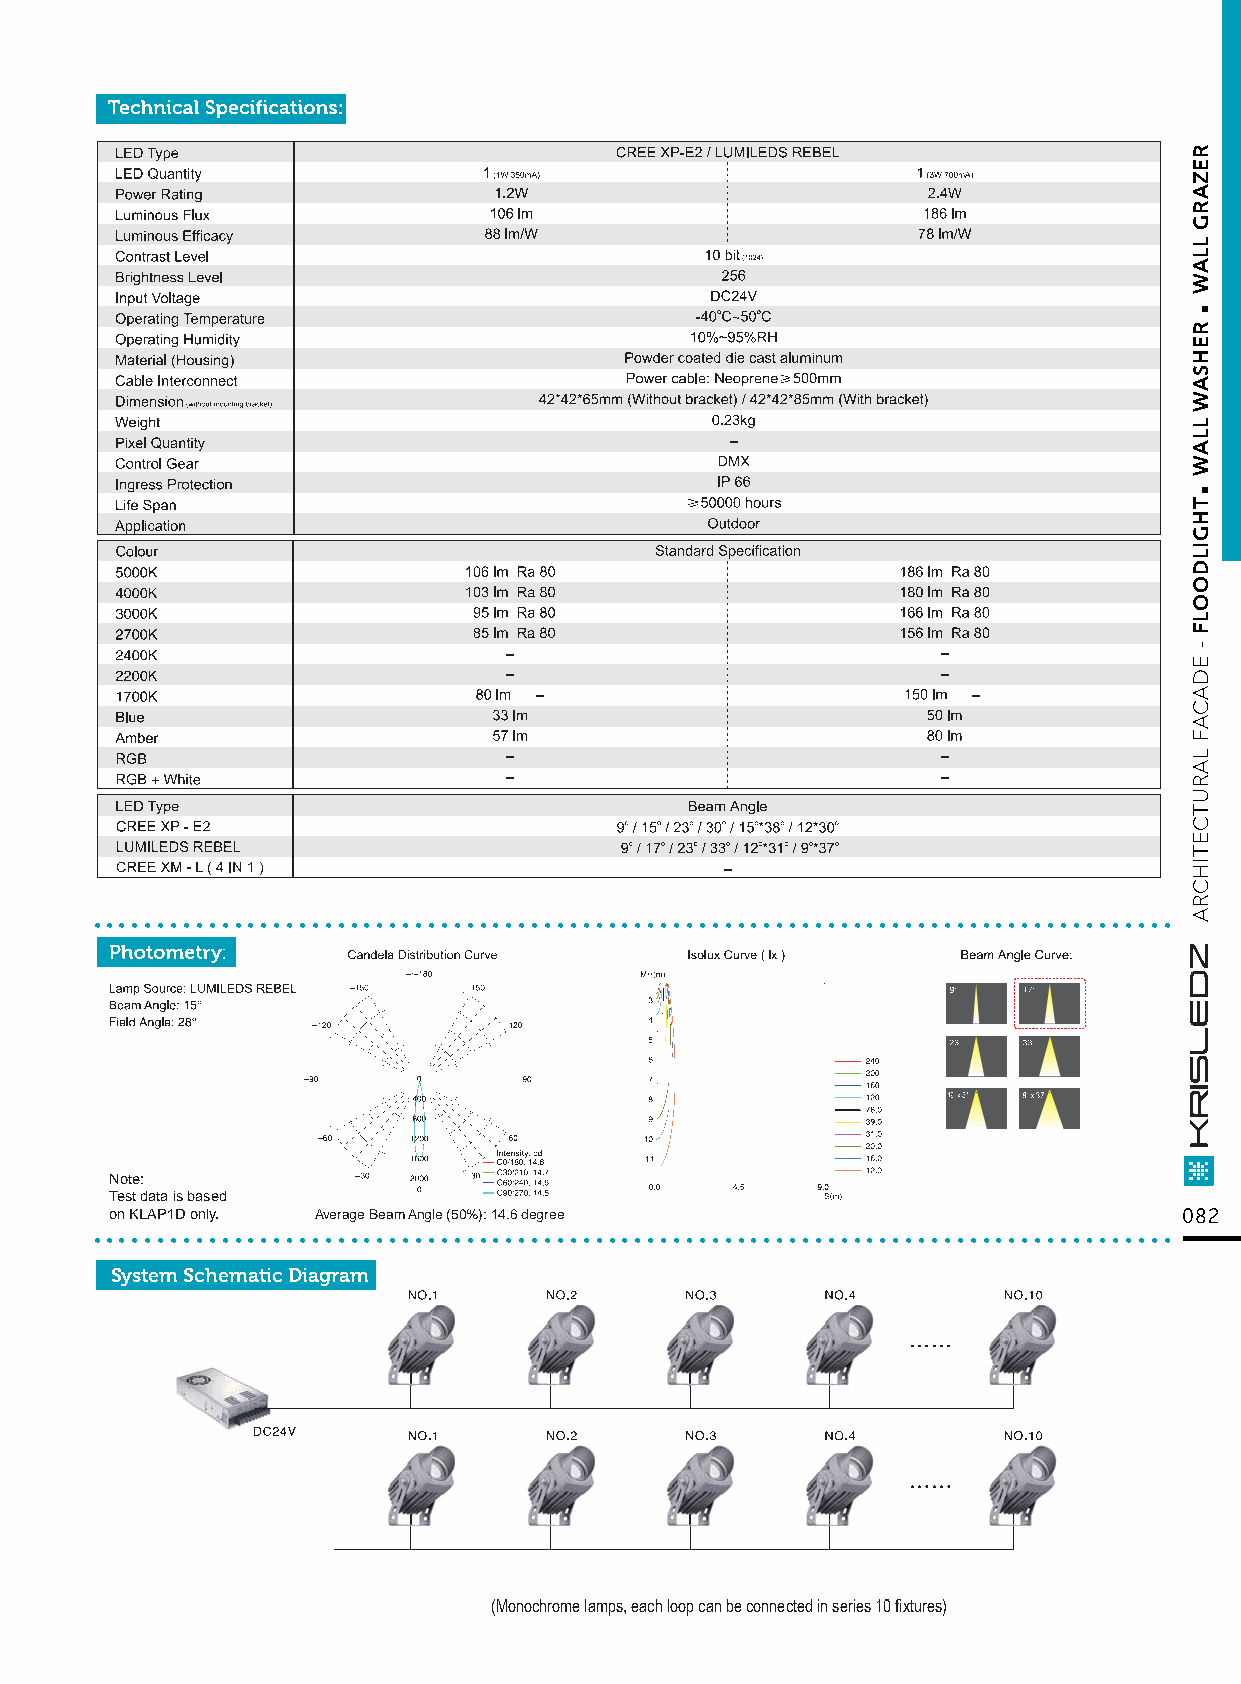
....................................................................................
 Note:
 Test data is based
 ..o.n K.L.A.P1.D. o.nl.y. . .......Av.e.ra.ge. B.ea.m. A.ng.le. (5.0.%.): .14..6. de.g.re.e............................................... 082
 System Schematic Diagram
 (Monochrome lamps, each loop can be connected in series 10 fixtures)
 .
 .
 REZARG
 LLAW
 REHSAW
 LLAW
 THGILDOOLF
 -
 EDACAF
 LARUTCETIHCRA